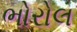
ભોરોલ